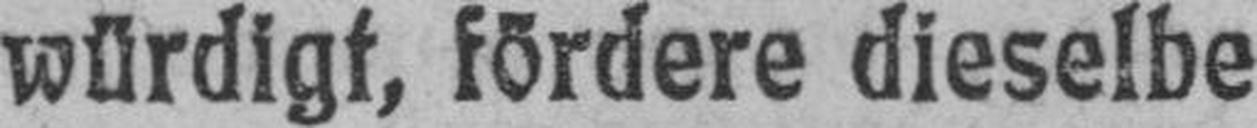
würdigt, fördere dieselbe